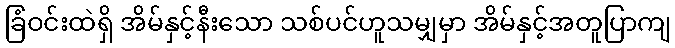
ခြံဝင်းထဲရှိ အိမ်နှင့်နီးသော သစ်ပင်ဟူသမျှမှာ အိမ်နှင့်အတူပြာကျ